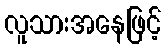
လူသားအနေဖြင့်